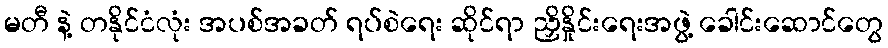
မတီ နဲ့ တနိုင်ငံလုံး အပစ်အခတ် ရပ်စဲရေး ဆိုင်ရာ ညှိနှိုင်းရေးအဖွဲ့ ခေါင်းဆောင်တွေ